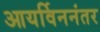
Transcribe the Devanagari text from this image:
आयर्विननंतर